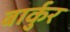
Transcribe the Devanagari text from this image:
बार्कुर